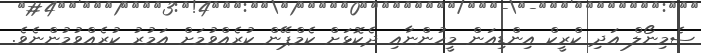
ސެމިނޯލް އަދި ކްރީކް އިންޑިއަން މީހުންނާއި ދެކޮޅަށް ކެމްޕޭން ކުރެއްވުމަށް އަމުރު ކުރެއްވުމުންނެވެ.